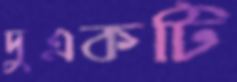
দুএকটি